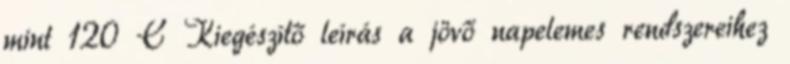
mint 120 C Kiegészítő leírás a jövő napelemes rendszereihez